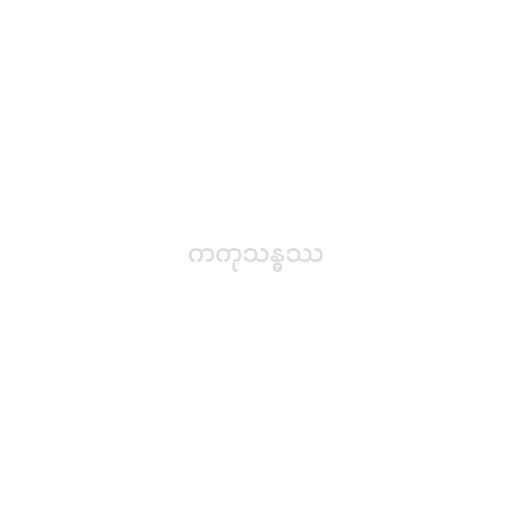
ကကုသန္ဓဿ